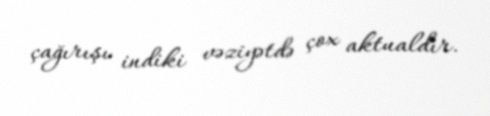
çağırışı indiki vəziyətdə çox aktualdır.